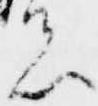
者